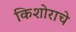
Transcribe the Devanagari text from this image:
किशोराचे